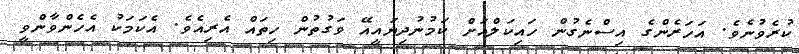
ކުރެވުނެވެ. އަހަރެންގެ އިސްނެގުން ހައިކަލްއަށް ކަމުނުދިޔައީއޭ ވަގުތުން ހިތައް އެރިއެވެ. އެކަމަކު އެހެންވާންވީ